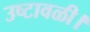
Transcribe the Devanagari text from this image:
उष्टावळी।